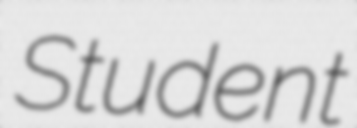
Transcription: Student